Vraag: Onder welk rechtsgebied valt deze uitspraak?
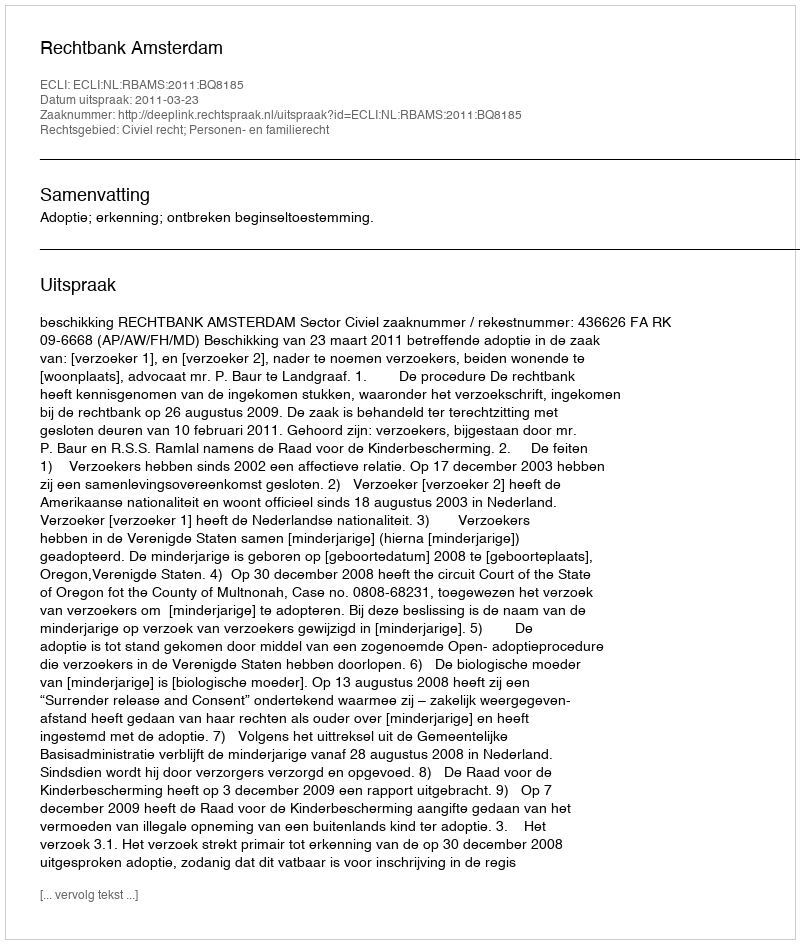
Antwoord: Civiel recht; Personen- en familierecht